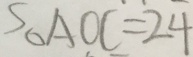
S \Delta A O C = 2 4